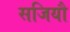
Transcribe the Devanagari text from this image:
सजियौ